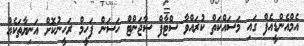
އެމްއެންޑީއެފް ގައި މަސައްކަތް ކުރައްވާ ސްޓާފް ސާޖަންޓް ހަސަން ފަހީމް ރަހީނުކޮށް އަނިޔާތަކެއް